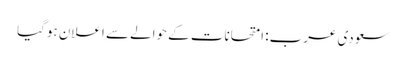
سعودی عرب: امتحانات کے حوالے سے اعلان ہوگیا